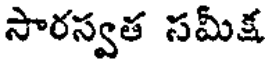
సారస్వత సమీక్ష